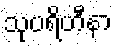
သုပရိဟီနာ